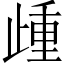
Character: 歱